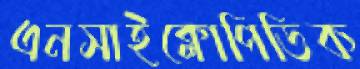
এনসাইক্লোপিডিক